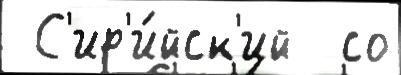
 С'ир'и́йск'ий  со